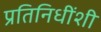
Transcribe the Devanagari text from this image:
प्रतिनिधींशी